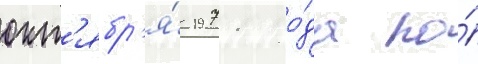
окт'ябр'я́ 1971 го́да по́